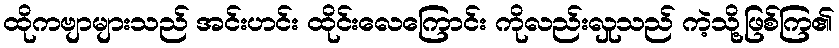
ထိုကဗျာများသည် အင်းဟင်း ထိုင်းလေကြောင်း ကိုလည်းလှုသည် ကဲ့သို့ဖြစ်ကြ၏